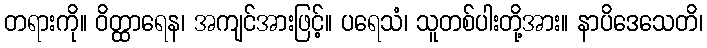
တရားကို။ ဝိတ္ထာရေန၊ အကျင်အားဖြင့်။ ပရေသံ၊ သူတစ်ပါးတို့အား။ နာပိဒေသေတိ၊